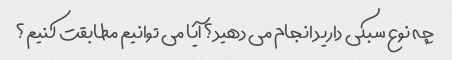
چه نوع سبکی دارید انجام می دهید؟ آیا می توانیم مطابقت کنیم؟